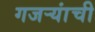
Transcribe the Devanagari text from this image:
गजर्‍यांची